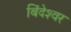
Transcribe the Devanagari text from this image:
बिंदेश्‍वर